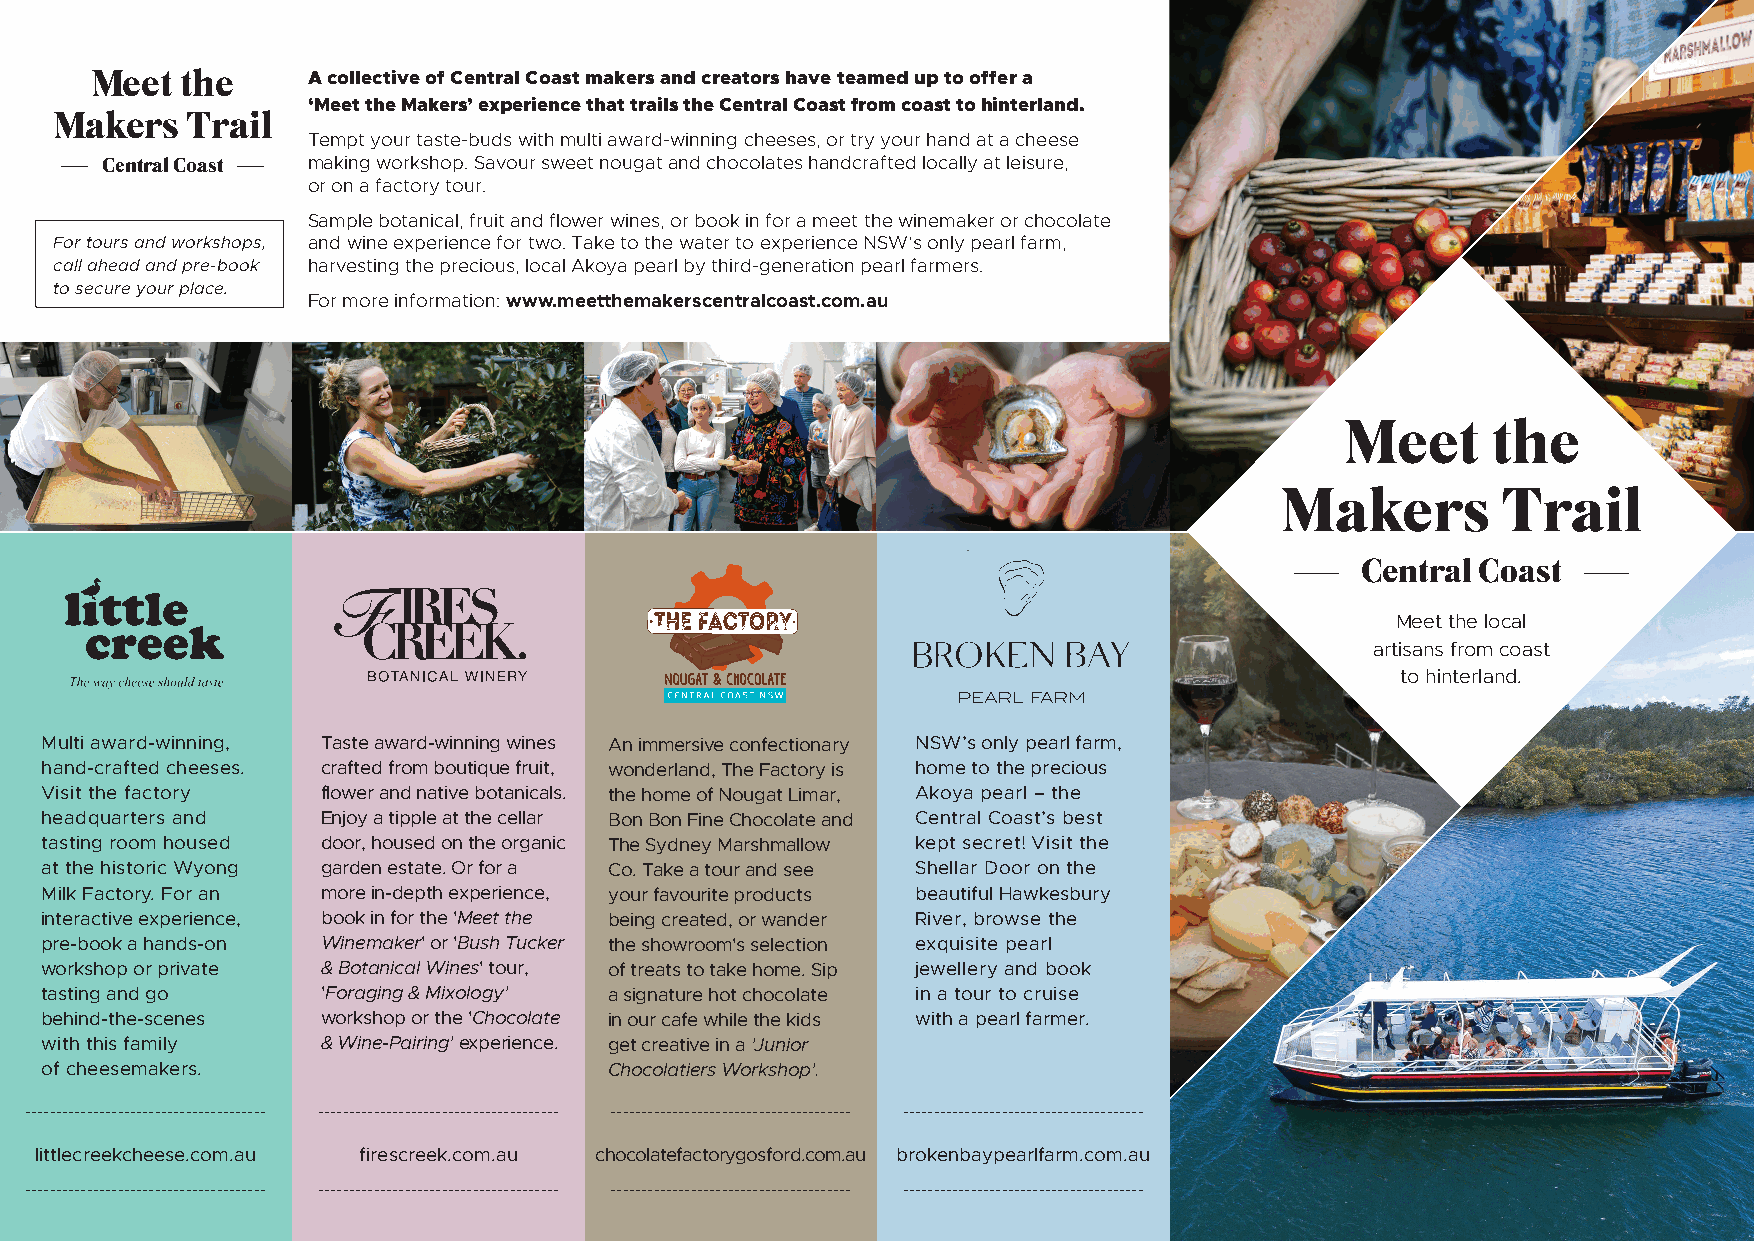
Meet  the     A collective of Central Coast makers and creators have teamed up to offer a
 ‘Meet the Makers’ experience that trails the Central Coast from coast to hinterland.
 Makers   Trail
 Tempt your taste-buds with multi award-winning cheeses, or try your hand at a cheese
 Central Coast making workshop. Savour sweet nougat and chocolates handcrafted locally at leisure,
 or on a factory tour.
 Sample botanical, fruit and flower wines, or book in for a meet the winemaker or chocolate
 For tours and workshops, and wine experience for two. Take to the water to experience NSW’s only pearl farm,
 call ahead and pre-book harvesting the precious, local Akoya pearl by third-generation pearl farmers.
 to secure your place.
 For more information: www.meetthemakerscentralcoast.com.au
 Meet      the
 Makers        Trail
 Central Coast
 Meet the local
 artisans from coast
 to hinterland.
 Multi award-winning, Taste award-winning wines An immersive confectionary NSW’s only pearl farm,
 hand-crafted cheeses. crafted from boutique fruit, wonderland, The Factory is home to the precious
 Visit the factory flower and native botanicals. the home of Nougat Limar, Akoya pearl – the
 headquarters and  Enjoy a tipple at the cellar Bon Bon Fine Chocolate and Central Coast’s best
 tasting room housed door, housed on the organic The Sydney Marshmallow kept secret! Visit the
 at the historic Wyong garden estate. Or for a Co. Take a tour and see Shellar Door on the
 Milk Factory. For an more in-depth experience, your favourite products beautiful Hawkesbury
 interactive experience, book in for the 'Meet the being created, or wander River, browse the
 pre-book a hands-on Winemaker' or 'Bush Tucker the showroom's selection exquisite pearl
 workshop or private & Botanical Wines' tour, of treats to take home. Sip jewellery and book
 tasting and go    'Foraging & Mixology' a signature hot chocolate in a tour to cruise
 behind-the-scenes workshop or the 'Chocolate in our cafe while the kids with a pearl farmer.
 with this family  & Wine-Pairing' experience. get creative in a 'Junior
 of cheesemakers.                     Chocolatiers Workshop'.
 --------------------------------------- --------------------------------------- --------------------------------------- ---------------------------------------
 littlecreekcheese.com.au firescreek.com.au chocolatefactorygosford.com.au brokenbaypearlfarm.com.au
 --------------------------------------- --------------------------------------- --------------------------------------- ---------------------------------------